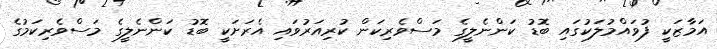
އަމާޒަކީ ފުވައްމުލަކުގައި ބޮޑު ކަންނެލީގެ މަސްވެރިކަން ކުރިއަރުވައި އެރަށަކީ ބޮޑު ކަންނެލީގެ މަސްވެރިކަމުގެ